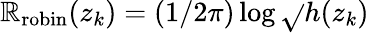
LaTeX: \mathbb{R}_{\mathrm{{robin}}}(z_{k})=(1/2\pi)\log\sqrt{}{{h(z_{k})}}